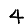
Digit: 4